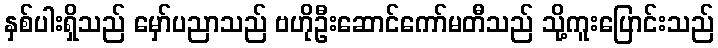
နှစ်ပါးရှိသည် မှော်ပညာသည် ဗဟိုဦးဆောင်ကော်မတီသည် သို့ကူးပြောင်းသည်